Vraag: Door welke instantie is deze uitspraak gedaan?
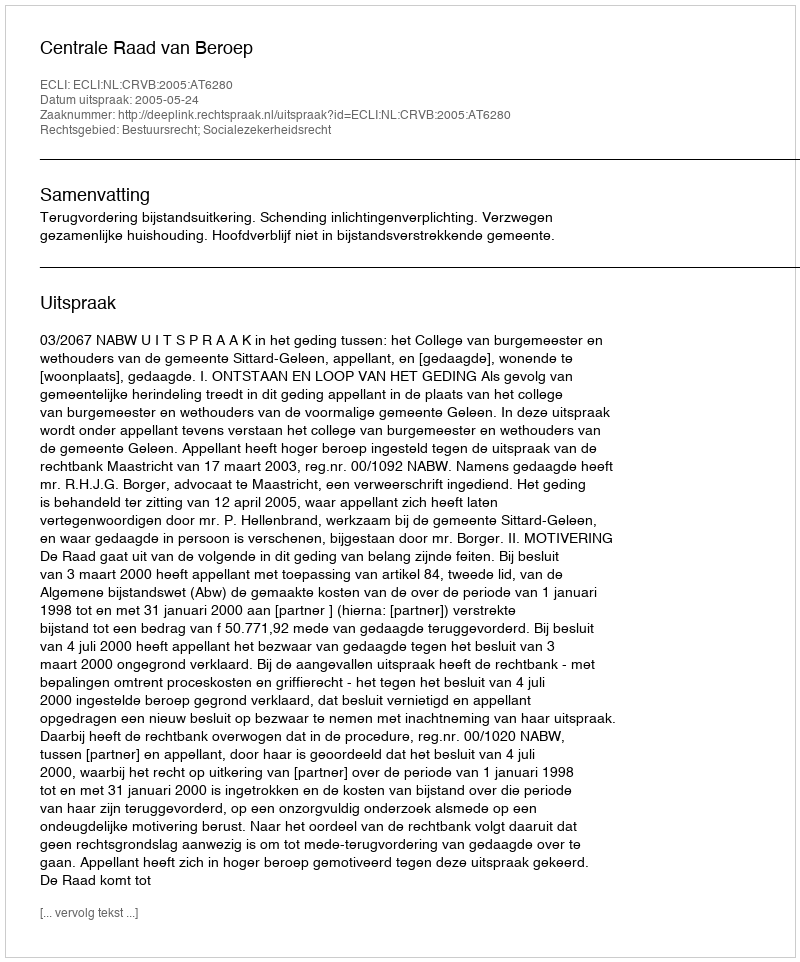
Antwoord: Centrale Raad van Beroep